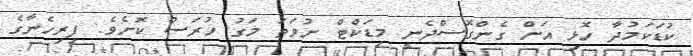
ކުޑަކަމުދާ ހޮޅި އަށް ގެންގޮސްދެނީ މިޑަކްޓް ނުވަތަ މަގު ހުރަސް ކޮށެވެ. ފިރިހެނާގެ